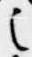
之